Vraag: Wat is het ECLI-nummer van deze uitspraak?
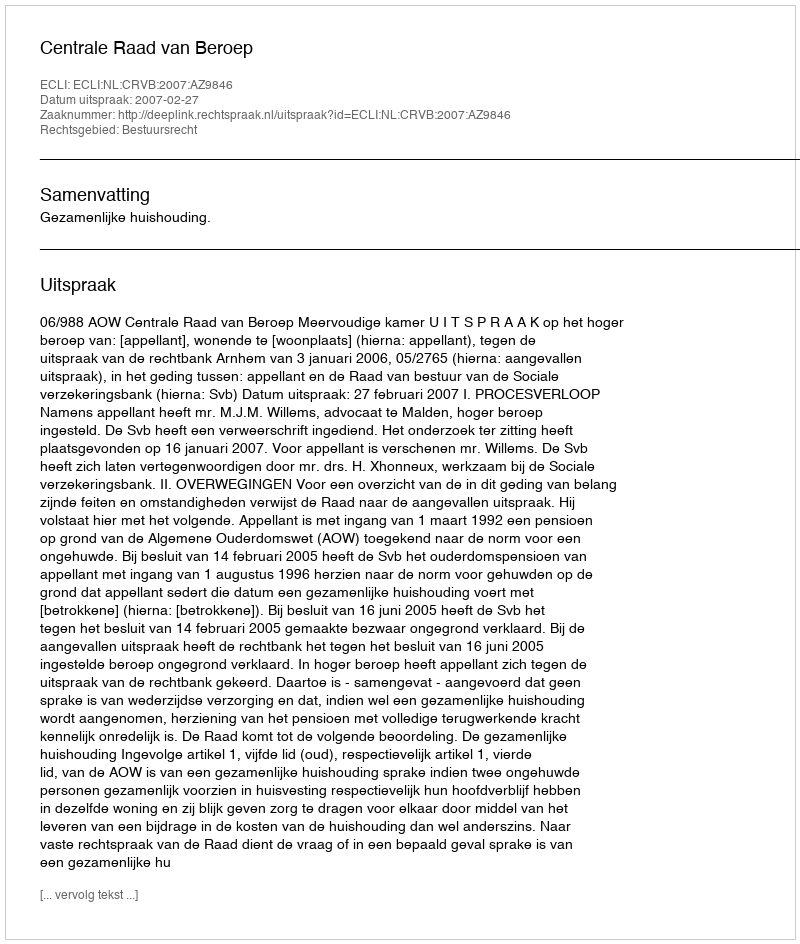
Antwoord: ECLI:NL:CRVB:2007:AZ9846